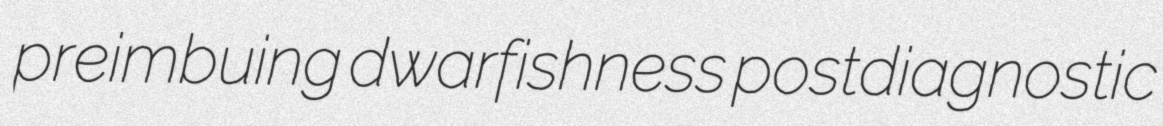
preimbuing dwarfishness postdiagnostic